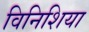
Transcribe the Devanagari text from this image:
विनिशिया